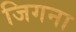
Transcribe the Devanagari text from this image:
जिगना